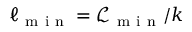
\ell _ { \mathrm { ~ m ~ i ~ n ~ } } = \mathcal { L } _ { \mathrm { ~ m ~ i ~ n ~ } } / k